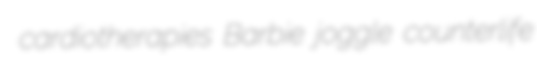
cardiotherapies Barbie joggle counterlife